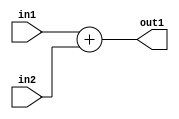
`timescale 1ns / 1ps
//////////////////////////////////////////////////////////////////////////////////
// Company: 
// Engineer: 
// 
// Design Name: 
// Module Name:    ADD 
// Project Name: 
// Target Devices: 
// Tool versions: 
// Description: 
//
// Dependencies: 
//
// Revision: 
// Revision 0.01 - File Created
// Additional Comments: 
//
//////////////////////////////////////////////////////////////////////////////////
module ADD(out1,in1,in2
    );

input [15:0] in1,in2;
output reg[15:0] out1;

always @ (*)
out1 =in1+in2;
endmodule